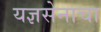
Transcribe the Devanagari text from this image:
यज्ञसेनाचा